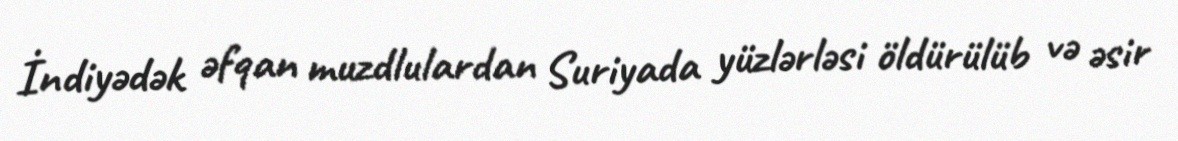
İndiyədək əfqan muzdlulardan Suriyada yüzlərləsi öldürülüb və əsir